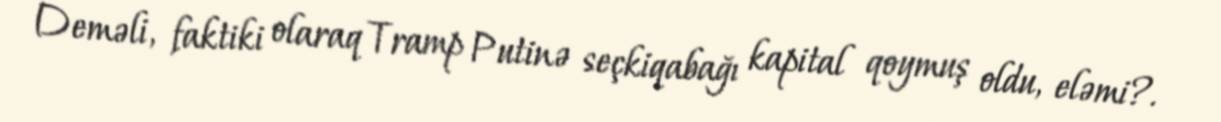
Deməli, faktiki olaraq Tramp Putinə seçkiqabağı kapital qoymuş oldu, eləmi?.